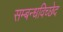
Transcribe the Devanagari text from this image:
सम्बन्धविच्छेद